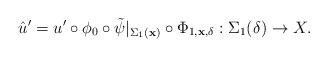
LaTeX: \begin{align*}\hat u' = u' \circ \phi_0 \circ \tilde{\psi}\vert_{\Sigma_1({\bf x})} \circ \Phi_{1,{\bf x},\delta}: \Sigma_1(\delta) \to X.\end{align*}